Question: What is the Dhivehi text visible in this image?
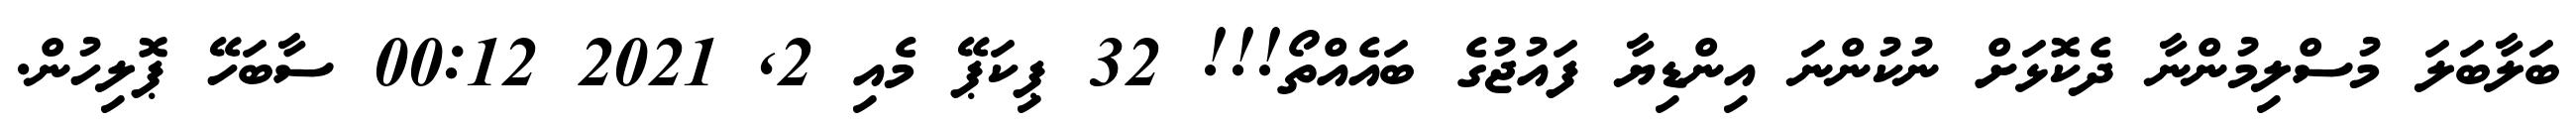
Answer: ބަލާބަލަ މުސްލިމުންނާ ދެކޮޅަށް ނުކުންނަ އިންޑިޔާ ފައުޖުގެ ބައެއްތޯ!!! 32 ޕިކަޕޭ މެއި 2, 2021 00:12 ސާބަހޭ ޕޮލިހުން.